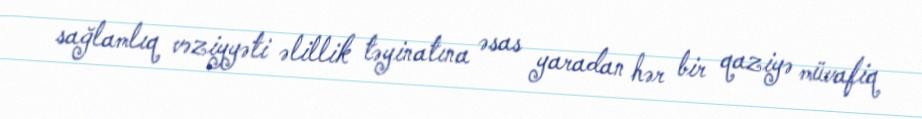
sağlamlıq vəziyyəti əlillik təyinatına əsas yaradan hər bir qaziyə müvafiq